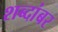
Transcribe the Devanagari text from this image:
शब्दांबर